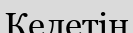
Келетін